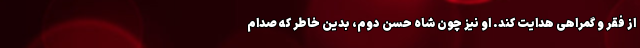
از فقر و گمراهی هدایت کند. او نیز چون شاه حسن دوم، بدین خاطر که صدام